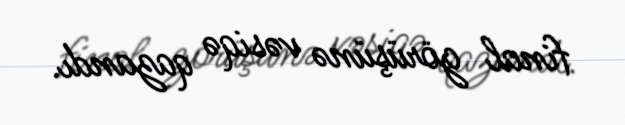
final görüşünə vəsiqə qazandı.